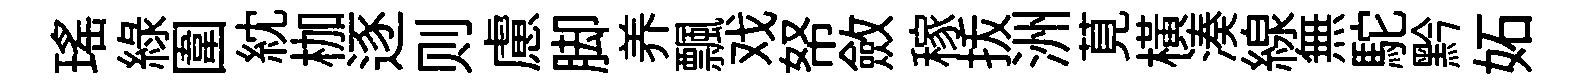
瑶綠圍紞枷逐则慮脚养飄戏帑斂稼㧞洲莧横湊線無駝黔妬